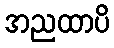
အညထာပိ